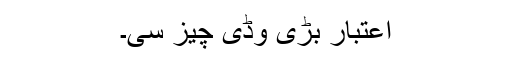
اعتبار بڑی وڈی چیز سی۔